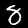
Label: 8